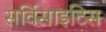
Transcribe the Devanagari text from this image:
सर्विसाइटिस